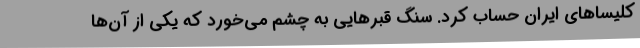
کلیسا‌های ایران حساب کرد. سنگ قبر‌هایی به چشم می‌خورد که یکی از آن‌ها